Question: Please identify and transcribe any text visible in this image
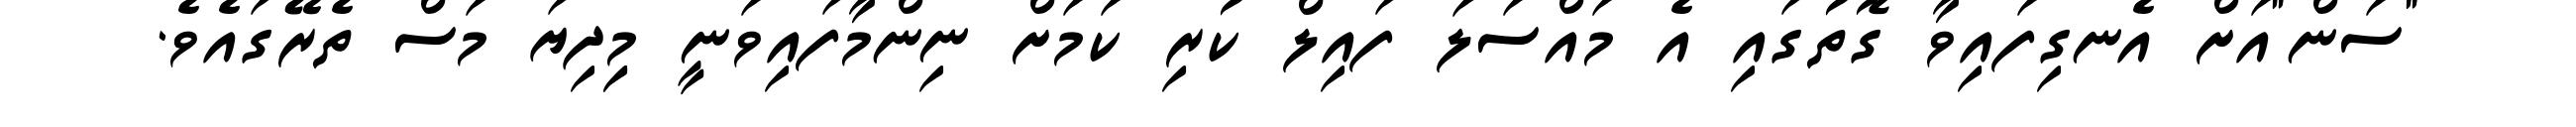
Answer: "ސަން"އަށް އެނގިފައިވާ ގޮތުގައި އެ މައްސަލަ ފައިލް ކުރި ކަމަށް ނިންމާފައިވަނީ މިިދިޔަ މަސް ތެރޭގައެވެ.